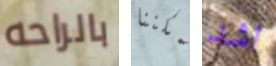
بالراحه يمكننا اشد